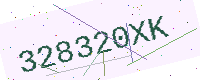
Text: 328320XK